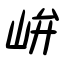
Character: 峅